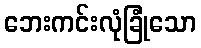
ဘေးကင်းလုံခြုံသော